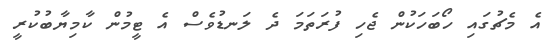
އެ މެޗުގައި ހޯބަހަކުން ޖެހި ފުރަތަމަ ދެ ލަނޑުވެސް އެ ޓީމުން ކާމިޔާބުކުރީ